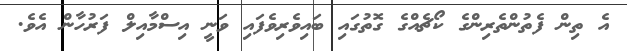
އެ ތިން ފެތުންތެރިންގެ ކޯޗެއްގެ ގޮތުގައި ބައިވެރިވެފައި ވަނީ އިސްމާއިލް ފަރުހާން އެވެ.